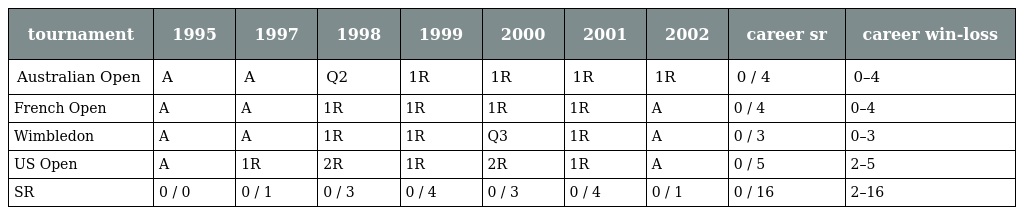
| tournament | 1995 | 1997 | 1998 | 1999 | 2000 | 2001 | 2002 | career sr | career win-loss |
 | --- | --- | --- | --- | --- | --- | --- | --- | --- | --- |
 | Australian Open | A | A | Q2 | 1R | 1R | 1R | 1R | 0 / 4 | 0–4 |
 | French Open | A | A | 1R | 1R | 1R | 1R | A | 0 / 4 | 0–4 |
 | Wimbledon | A | A | 1R | 1R | Q3 | 1R | A | 0 / 3 | 0–3 |
 | US Open | A | 1R | 2R | 1R | 2R | 1R | A | 0 / 5 | 2–5 |
 | SR | 0 / 0 | 0 / 1 | 0 / 3 | 0 / 4 | 0 / 3 | 0 / 4 | 0 / 1 | 0 / 16 | 2–16 |